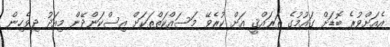
އެއަށްވުރެ ބޮޑަށް ގައުމުގެ ތަރައްޤީ އަށް ކުރެވޭ މަސައްކަތްތަކަށް އިސްކަންދޭން މިއަދު ދިވެހިން